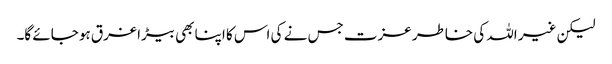
لیکن غیر اللہ کی خاطر عزت جس نے کی اس کا اپنا بھی بیڑا غرق ہو جائے گا۔